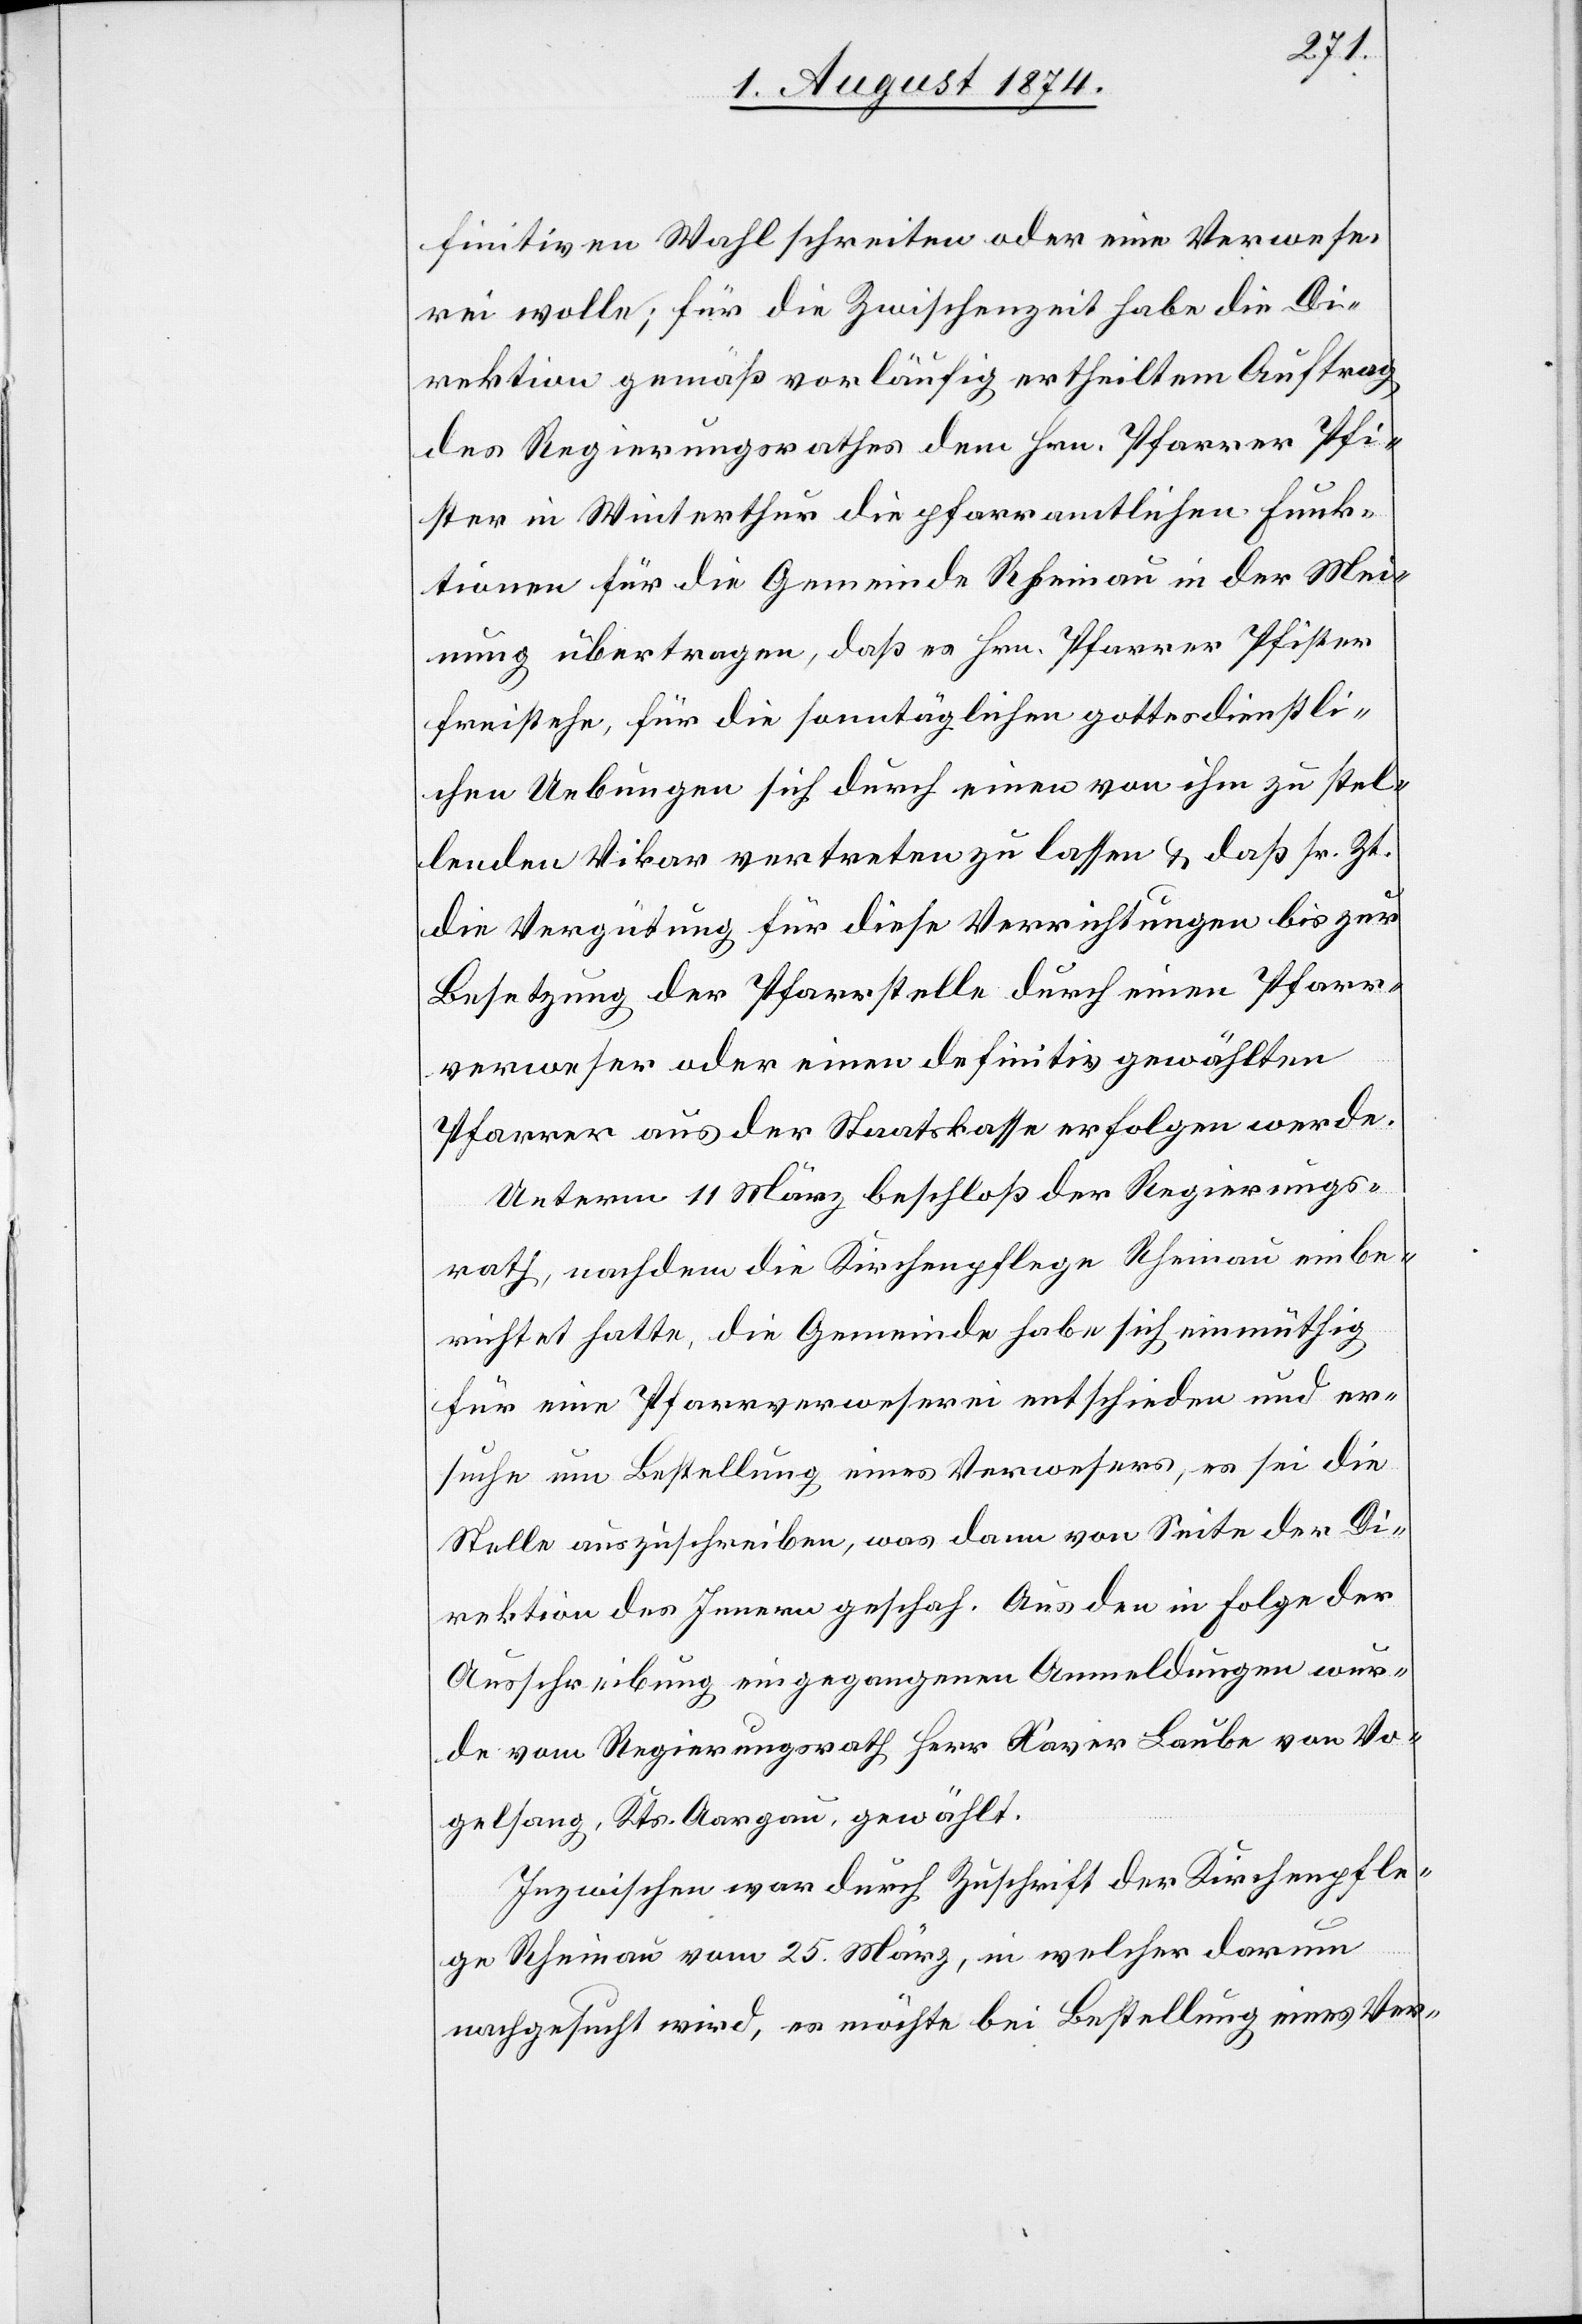
finitiven Wahl schreiten oder eine Verwese¬
rei wolle; für die Zwischenzeit habe die Di¬
rektion gemäß vorläufig ertheiltem Auftrag
des Regierungsrathes dem Hrn. Pfarrer Pfi¬
ster in Winterthur die pfarramtlichen Funk¬
tionen für die Gemeinde Rheinau in der Mei¬
nung übertragen, daß es Hrn. Pfarrer Pfister
freistehe, für die sonntäglichen gottesdienstli¬
chen Uebungen sich durch einen von ihm zu stel¬
lenden Vikar vertreten zu lassen u. daß sr. Zt.
die Vergütung für diese Verrichtungen bis zur
Besetzung der Pfarrstelle durch einen Pfarr¬
verweser oder einen definitiv gewählten
Pfarrer aus der Staatskasse erfolgen werde.
Unterm 11. März beschloß der Regierungs¬
rath, nachdem die Kirchenpflege Rheinau einbe¬
richtet hatte, die Gemeinde habe sich einmüthig
für eine Pfarrverweserei entschieden und er¬
suche um Bestellung eines Verwesers, es sei die
Stelle auszuschreiben, was dann von Seite der Di¬
rektion des Innern geschah. Aus den in Folge der
Ausschreibung eingegangenen Anmeldungen wur¬
de vom Regierungsrath Herr Xavier Laube von Vo¬
gelsang, Kts. Aargau, gewählt.
Inzwischen war durch Zuschrift der Kirchenpfle¬
ge Rheinau vom 25. März, in welcher darum
nachgesucht wird, es möchte bei Bestellung eines Ver-